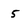
Character: 5